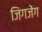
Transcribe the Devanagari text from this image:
जिंगजेंग